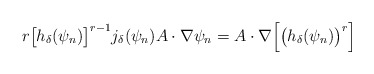
\begin{align*}r\big[h_{\delta}( \psi_n )\big]^{r-1}j_{\delta}(\psi_n ) A\cdot \nabla\psi_n =A\cdot\nabla\Big[\big(h_{\delta}(\psi_n)\big)^r\Big]\end{align*}